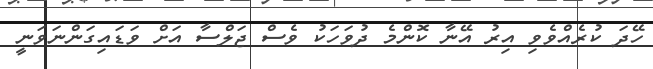
ހޭދަ ކުރެއްވެވި އިރު އޭނާ ކޮންމެ ދުވަހަކު ވެސް ޖަލްސާ އަށް ވަޑައިގަންނަވަނީ